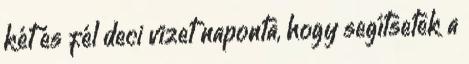
két és fél deci vizet naponta, hogy segítsetek a